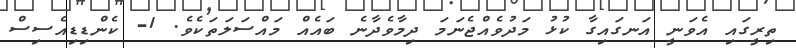
ތިރީގައި އެވަނީ އަނގައިގާ ކުޅު މަދުވެއްޖެނަމަ ދިމާވެދާނެ ބައެއް މައްސަލަތަކެވެ. 1- ކެންޑިޑިއެސިސް